Civil Veterinary Dept. Bombay admin report 1914-1922 - 1914-1922
Year: 1914
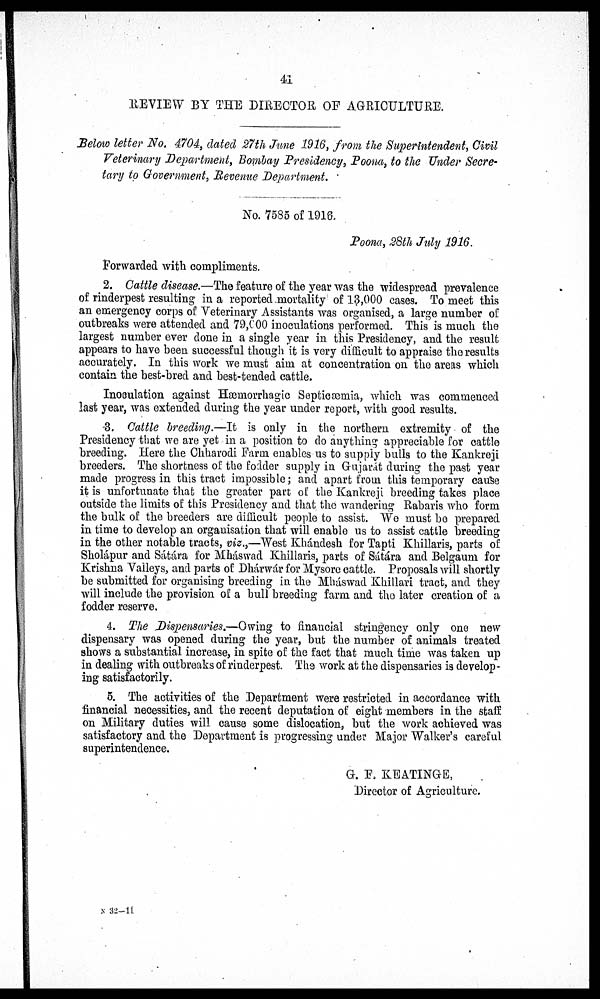
41
REVIEW BY THE DIRECTOR OF AGRICULTURE.
Below letter No. 4704, dated 27th June 1916, from the Superintendent, Civil
Veterinary Department, Bombay Presidency, Poona, to the Under Secre-
tary to Government, Revenue Department.
No. 7585 of 1916.
Poona, 28th July 1916.
Forwarded with compliments.
2. Cattle disease.—The feature of the year was the widespread prevalence
of rinderpest resulting in a reported mortality of 13,000 cases. To meet this
an emergency corps of Veterinary Assistants was organised, a large number of
outbreaks were attended and 79,000 inoculations performed. This is much the
largest number ever done in a single year in this Presidency, and the result
appears to have been successful though it is very difficult to appraise the results
accurately. In this work we must aim at concentration on the areas which
contain the best-bred and best-tended cattle.
Inoculation against Hæmorrhagic Septicæmia, which was commenced
last year, was extended during the year under report, with good results.
3. Cattle breeding.—It is only in the northern extremity of the
Presidency that we are yet in a position to do anything appreciable for cattle
breeding. Here the Chharodi Farm enables us to supply bulls to the Kankreji
breeders. The shortness of the fodder supply in Gujarát during the past year
made progress in this tract impossible; and apart from this temporary cause
it is unfortunate that the greater part of the Kankreji breeding takes place
outside the limits of this Presidency and that the wandering Rabaris who form
the bulk of the breeders are difficult people to assist. We must be prepared
in time to develop an organisation that will enable us to assist cattle breeding
in the other notable tracts, viz.,—West Khándesh for Tapti Khillaris, parts of
Sholápur and Sátára for Mháswad Khillaris, parts of Sátára and Belgaum for
Krishna Valleys, and parts of Dhárwár for Mysore cattle. Proposals will shortly
be submitted for organising breeding in the Mháswad Khillari tract, and they
will include the provision of a bull breeding farm and the later creation of a
fodder reserve.
4. The Dispensaries.—Owing to financial stringency only one new
dispensary was opened during the year, but the number of animals treated
shows a substantial increase, in spite of the fact that much time was taken up
in dealing with outbreaks of rinderpest. The work at the dispensaries is develop-
ing satisfactorily.
5. The activities of the Department were restricted in accordance with
financial necessities, and the recent deputation of eight members in the staff
on Military duties will cause some dislocation, but the work achieved was
satisfactory and the Department is progressing under Major Walker's careful
superintendence.
G. F. KEATINGE,
Director of Agriculture.
N 32—11